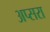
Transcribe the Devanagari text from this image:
अप्‍सरा